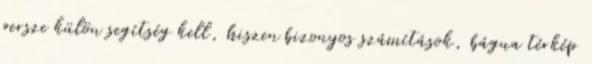
persze külön segítség kell, hiszen bizonyos számítások, bágua térkép